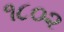
૧૮૦૨